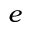
e